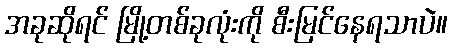
အခုဆိုရင် မြို့တစ်ခုလုံးကို စီးမြင်နေရသာပဲ။